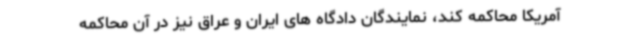
آمریکا محاکمه کند، نمایندگان دادگاه های ایران و عراق نیز در آن محاکمه